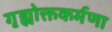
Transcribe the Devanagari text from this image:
गृह्योक्तकर्मणा